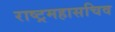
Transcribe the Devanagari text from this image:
राष्ट्रमहासचिव